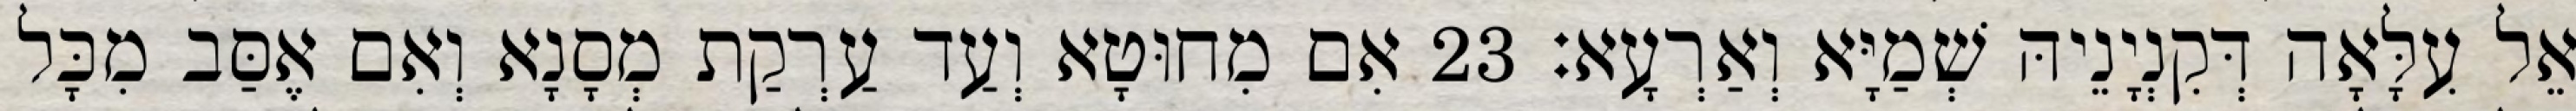
אֵל עִלָּאָה דְּקִנְיָנֵיהּ שְׁמַיָּא וְאַרְעָא׃ 23 אִם מִחוּטָא וְעַד עַרְקַת מְסָנָא וְאִם אֶסַּב מִכָּל